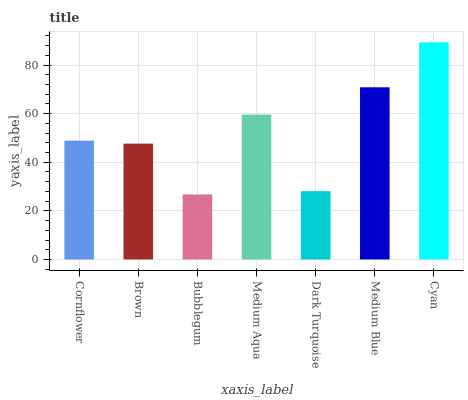
| xaxis_label | bars |
 | --- | --- |
 | Cornflower | 48.9 |
 | Brown | 47.7 |
 | Bubblegum | 26.8 |
 | Medium Aqua | 59.6 |
 | Dark Turquoise | 28.1 |
 | Medium Blue | 70.9 |
 | Cyan | 89.4 |